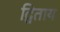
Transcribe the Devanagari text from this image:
द्विताय